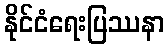
နိုင်ငံရေးပြဿနာ